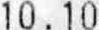
10.10